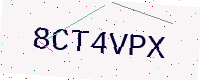
Text: 8CT4VPX